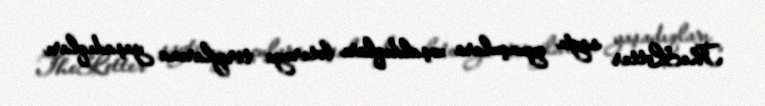
TheLotter saytı oyunçulara xoşaldıqları lotereya tirajlarına yaşadıqları